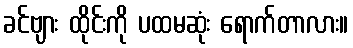
ခင်ဗျား ထိုင်းကို ပထမဆုံး ရောက်တာလား။